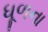
ધૂળના